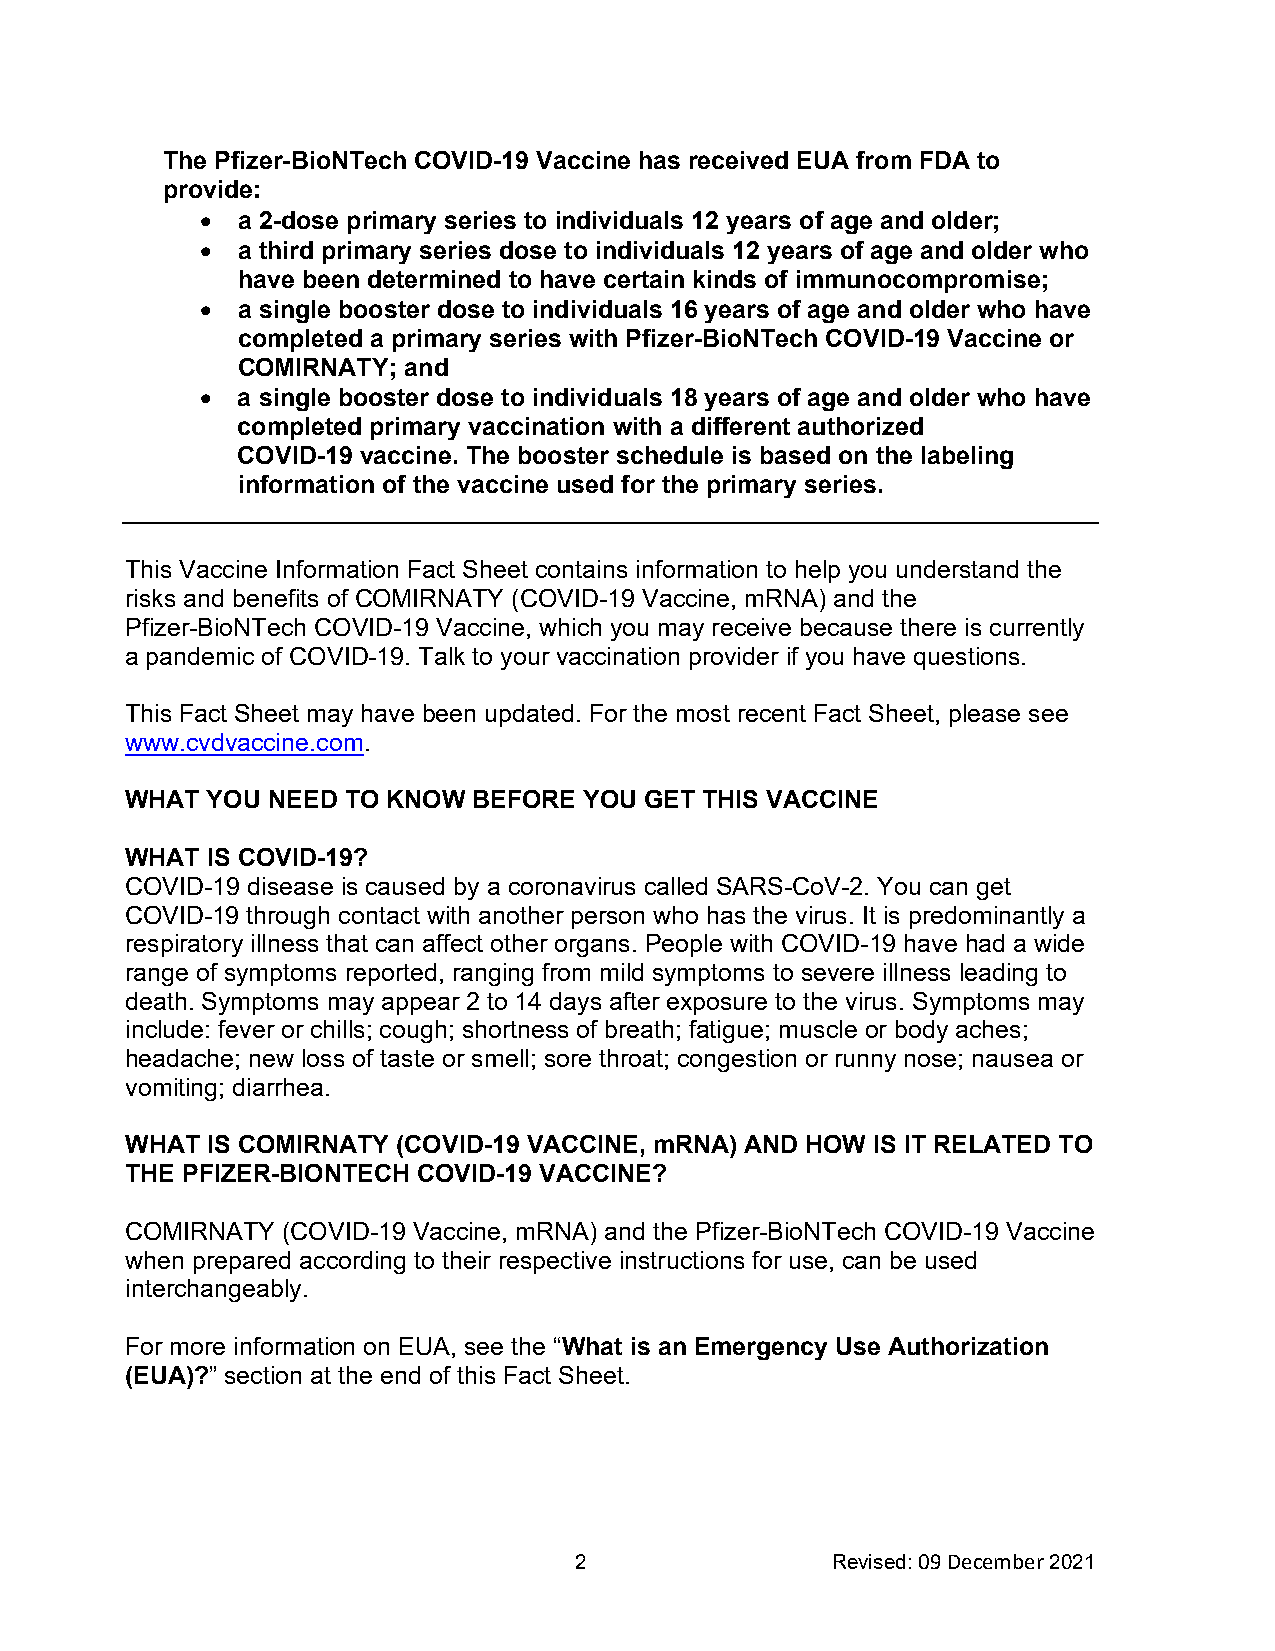
The Pfizer-BioNTech COVID-19 Vaccine has received EUA from FDA to
 provide:
 •  a 2-dose primary series to individuals 12 years of age and older;
 •  a third primary series dose to individuals 12 years of age and older who
 have been determined to have certain kinds of immunocompromise;
 •  a single booster dose to individuals 16 years of age and older who have
 completed a primary series with Pfizer-BioNTech COVID-19 Vaccine or
 COMIRNATY; and
 •  a single booster dose to individuals 18 years of age and older who have
 completed primary vaccination with a different authorized
 COVID-19 vaccine. The booster schedule is based on the labeling
 information of the vaccine used for the primary series.
 This Vaccine Information Fact Sheet contains information to help you understand the
 risks and benefits of COMIRNATY (COVID-19 Vaccine, mRNA) and the
 Pfizer-BioNTech COVID-19 Vaccine, which you may receive because there is currently
 a pandemic of COVID-19. Talk to your vaccination provider if you have questions.
 This Fact Sheet may have been updated. For the most recent Fact Sheet, please see
 www.cvdvaccine.com.
 WHAT  YOU NEED TO KNOW BEFORE  YOU GET THIS VACCINE
 WHAT  IS COVID-19?
 COVID-19 disease is caused by a coronavirus called SARS-CoV-2. You can get
 COVID-19 through contact with another person who has the virus. It is predominantly a
 respiratory illness that can affect other organs. People with COVID-19 have had a wide
 range of symptoms reported, ranging from mild symptoms to severe illness leading to
 death. Symptoms may appear 2 to 14 days after exposure to the virus. Symptoms may
 include: fever or chills; cough; shortness of breath; fatigue; muscle or body aches;
 headache; new loss of taste or smell; sore throat; congestion or runny nose; nausea or
 vomiting; diarrhea.
 WHAT  IS COMIRNATY (COVID-19 VACCINE, mRNA) AND HOW IS IT RELATED TO
 THE PFIZER-BIONTECH COVID-19 VACCINE?
 COMIRNATY  (COVID-19 Vaccine, mRNA) and the Pfizer-BioNTech COVID-19 Vaccine
 when prepared according to their respective instructions for use, can be used
 interchangeably.
 For more information on EUA, see the “What is an Emergency Use Authorization
 (EUA)?” section at the end of this Fact Sheet.
 2                Revised: 09 December 2021